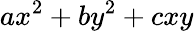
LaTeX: ax^{2}+by^{2}+cxy